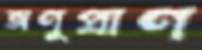
অণুপ্রাণ